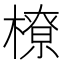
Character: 橑